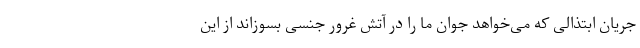
جریان ابتذالی که می‌خواهد جوان ما را در آتش غرور جنسی بسوزاند از این